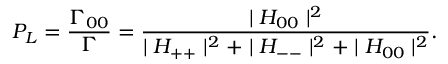
{ P } _ { L } = { \frac { { \Gamma } _ { 0 0 } } { \Gamma } } = { \frac { \mid H _ { 0 0 } \mid ^ { 2 } } { \mid H _ { + + } \mid ^ { 2 } + \mid H _ { -- } \mid ^ { 2 } + \mid H _ { 0 0 } \mid ^ { 2 } } } .